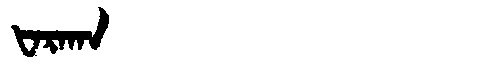
Manchu: ᡶᠠᡵᠠᡴᠠ
Romanization: FARAKA